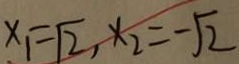
x _ { 1 } = \sqrt { 2 } , x _ { 2 } = - \sqrt { 2 }